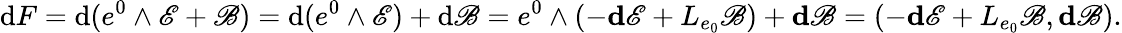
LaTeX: \mathrm{d}F=\mathrm{d}(e^{0}\wedge\mathscr{E}+\mathscr{B})=\mathrm{d}(e^{0}\wedge\mathscr{E})+\mathrm{d}\mathscr{B}=e^{0}\wedge(-\mathbf{d}\mathscr{E}+L_{e_{0}}\mathscr{B})+\mathbf{d}\mathscr{B}=(-\mathbf{d}\mathscr{E}+L_{e_{0}}\mathscr{B},\mathbf{d}\mathscr{B}).